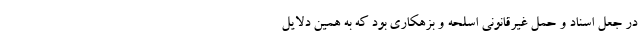
در جعل اسناد و حمل غیرقانونی اسلحه و بزهکاری بود که به همین دلایل